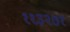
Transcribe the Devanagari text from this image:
११३२७१